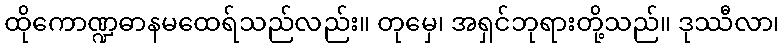
ထိုကောဏ္ဍဓာနမထေရ်သည်လည်း။ တုမှေ၊ အရှင်ဘုရားတို့သည်။ ဒုဿီလာ၊